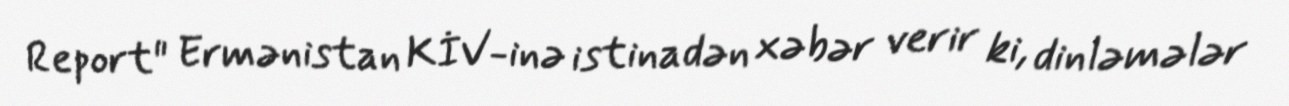
Report" Ermənistan KİV-inə istinadən xəbər verir ki, dinləmələr